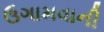
ઉગામવાની